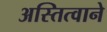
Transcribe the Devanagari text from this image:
अस्तित्‍वाने